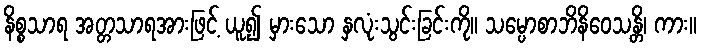
နိစ္စသာရ အတ္တသာရအားဖြင့် ယူ၍ မှားသော နှလုံးသွင်းခြင်းကို။ သမ္ပောစာဘိနိဝေသန္တိ၊ ကား။